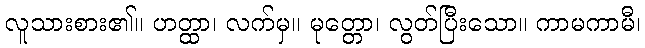
လူသားစား၏။ ဟတ္ထာ၊ လက်မှ။ မုတ္တော၊ လွတ်ပြီးသော။ ကာမကာမီ၊